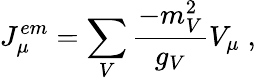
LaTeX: J_{\mu}^{em}=\sum_{V}\frac{-m_{V}^{2}}{g_{V}}V_{\mu}\; ,